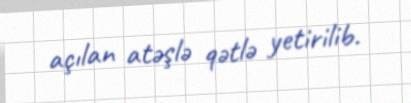
açılan atəşlə qətlə yetirilib.